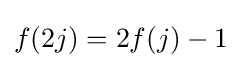
f(2j)=2f(j)-1\;